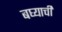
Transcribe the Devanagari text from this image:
बघ्याची